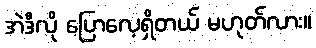
အဲဒီလို ပြောလေ့ရှိတယ် မဟုတ်လား။